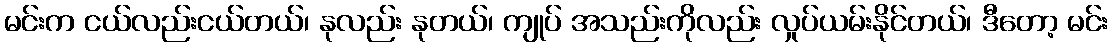
မင်းက ငယ်လည်းငယ်တယ်၊ နုလည်း နုတယ်၊ ကျုပ် အသည်းကိုလည်း လှုပ်ယမ်းနိုင်တယ်၊ ဒီတော့ မင်း